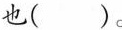
也 （）。